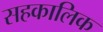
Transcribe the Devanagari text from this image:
सहकालिक